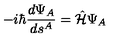
- i \hbar \frac { d \Psi _ { A } } { d s ^ { A } } = \hat { \cal H } \Psi _ { A }